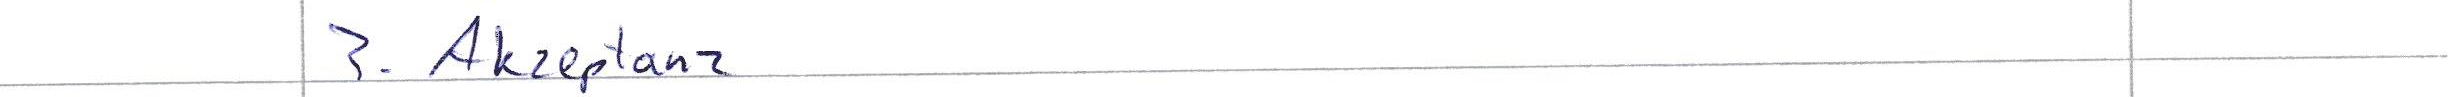
3. Akzeptanz